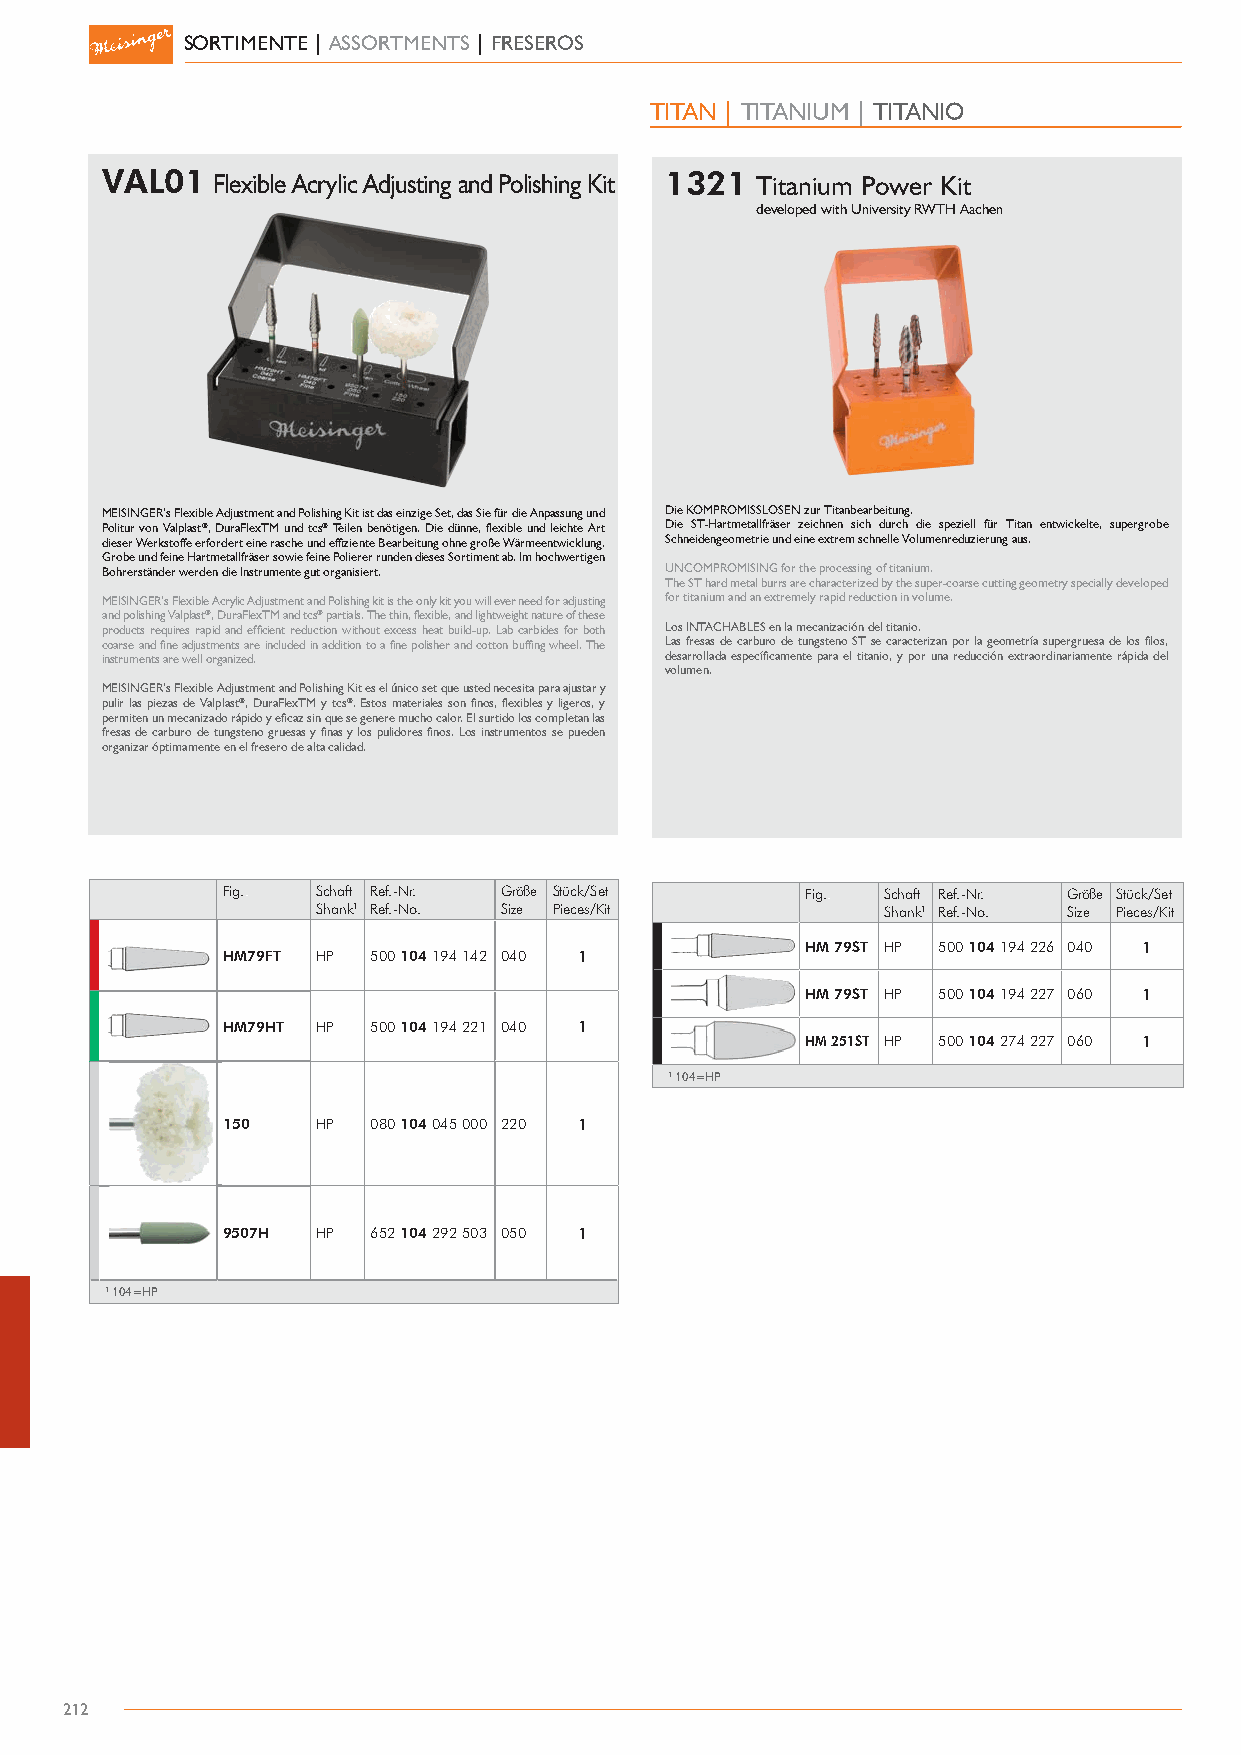
SORTIMENTE | ASSORTMENTS | FRESEROS
 TITAN | TITANIUM | TITANIO
 VAL01  Flexible Acrylic Adjusting and Polishing Kit 1321 Titanium Power Kit
 developed with University RWTH Aachen
 MEISINGER’s Flexible Adjustment and Polishing Kit ist das einzige Set, das Sie für die Anpassung und Die KOMPROMISSLOSEN zur Titanbearbeitung.
 Politur von Valplast®, DuraFlexTM und tcs® Teilen benötigen. Die dünne, flexible und leichte Art Die ST-Hartmetallfräser zeichnen sich durch die speziell für Titan entwickelte, supergrobe
 dieser Werkstoffe erfordert eine rasche und effiziente Bearbeitung ohne große Wärmeentwicklung. Schneidengeometrie und eine extrem schnelle Volumenreduzierung aus.
 Grobe und feine Hartmetallfräser sowie feine Polierer runden dieses Sortiment ab. Im hochwertigen
 Bohrerständer werden die Instrumente gut organisiert. UNCOMPROMISING for the processing of titanium.
 The ST hard metal burrs are characterized by the super-coarse cutting geometry specially developed
 MEISINGER’s Flexible Acrylic Adjustment and Polishing kit is the only kit you will ever need for adjusting for titanium and an extremely rapid reduction in volume.
 and polishing Valplast®, DuraFlexTM and tcs® partials. The thin, flexible, and lightweight nature of these
 products requires rapid and efficient reduction without excess heat build-up. Lab carbides for both Los INTACHABLES en la mecanización del titanio.
 coarse and fine adjustments are included in addition to a fine polisher and cotton buffing wheel. The Las fresas de carburo de tungsteno ST se caracterizan por la geometría supergruesa de los filos,
 instruments are well organized.      desarrollada específicamente para el titanio, y por una reducción extraordinariamente rápida del
 volumen.
 MEISINGER’s Flexible Adjustment and Polishing Kit es el único set que usted necesita para ajustar y
 pulir las piezas de Valplast®, DuraFlexTM y tcs®. Estos materiales son finos, flexibles y ligeros, y
 permiten un mecanizado rápido y eficaz sin que se genere mucho calor. El surtido los completan las
 fresas de carburo de tungsteno gruesas y finas y los pulidores finos. Los instrumentos se pueden
 organizar óptimamente en el fresero de alta calidad.
 Fig.. Schaft Ref.-Nr. Größe Stück/Set Fig.. Schaft Ref.-Nr. Größe Stück/Set
 Shank1 Ref.-No. Size Pieces/Kit      Shank1 Ref.-No. Size Pieces/Kit
 HM 79ST HP 500 104 194 226 040 1
 HHM79FT HP 500 104 194 142 040 1
 HM 79ST HP 500 104 194 227 060 1
 HHM79HT HP 500 104 194 221 040 1
 HM 251ST HP 500 104 274 227 060 1
 1 104=HP
 150   HP  080 104 045 000 220 1
 9507H HP  652 104 292 503 050 1
 1 104=HP
 212